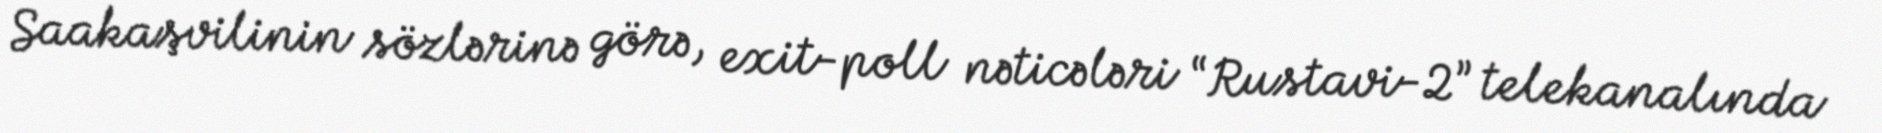
Saakaşvilinin sözlərinə görə, exit-poll nəticələri “Rustavi-2” telekanalında